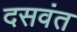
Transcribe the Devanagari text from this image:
दसवंत